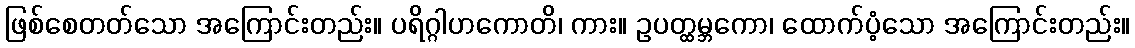
ဖြစ်စေတတ်သော အကြောင်းတည်း။ ပရိဂ္ဂါဟကောတိ၊ ကား။ ဥပတ္ထမ္ဘကော၊ ထောက်ပံ့သော အကြောင်းတည်း။